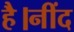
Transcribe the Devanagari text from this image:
है।नींद